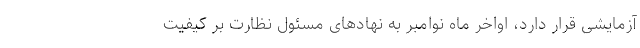
آزمایشی قرار دارد، اواخر ماه نوامبر به نهادهای مسئول نظارت بر کیفیت